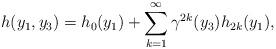
LaTeX: \begin{align*}h(y_1, y_3)=h_{0}(y_1)+\sum_{k=1}^{\infty} {\gamma}^{2k}(y_3) h_{2k}(y_1),\end{align*}